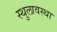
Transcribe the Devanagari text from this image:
स्थुलावस्था